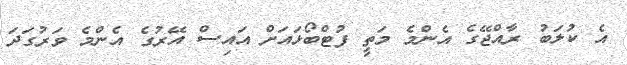
އެ ކުލަބު ރާއްޖޭގެ އެންމެ މަތީ ފުޓްބޯޅައަށް އައިސް އޭރުގެ އެންމެ ވަރުގަދަ